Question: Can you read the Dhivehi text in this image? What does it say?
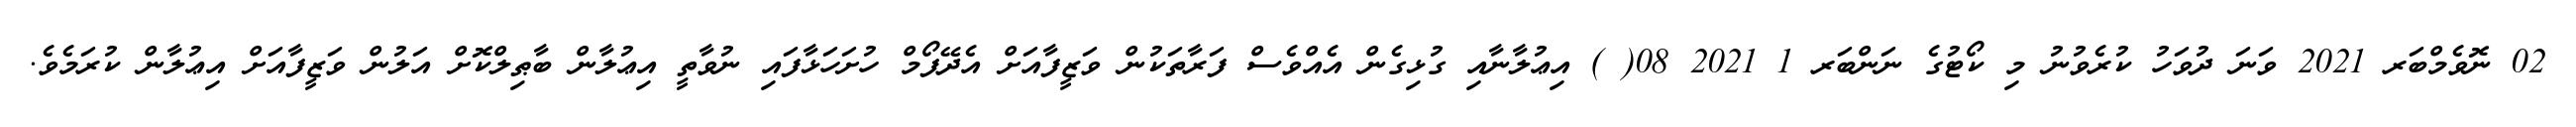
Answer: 02 ނޮވެމްބަރ 2021 ވަނަ ދުވަހު ކުރެވުނު މި ކޯޓުގެ ނަންބަރ 1 2021 08( ) އިޢުލާނާއި ގުޅިގެން އެއްވެސް ފަރާތަކުން ވަޒީފާއަށް އެދޭފޯމް ހުށަހަޅާފައި ނުވާތީ އިޢުލާން ބާޠިލްކޮށް އަލުން ވަޒީފާއަށް އިޢުލާން ކުރަމެވެ.